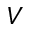
V